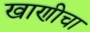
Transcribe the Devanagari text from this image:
खाणीचा